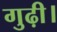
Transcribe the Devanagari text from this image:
गुढ़ी।